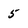
Character: 5